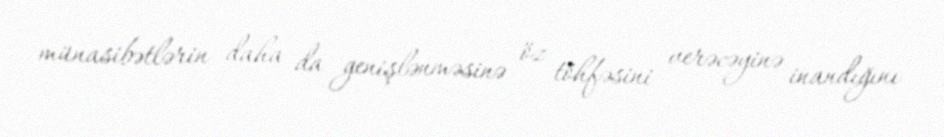
münasibətlərin daha da genişlənməsinə öz töhfəsini verəcəyinə inandığını